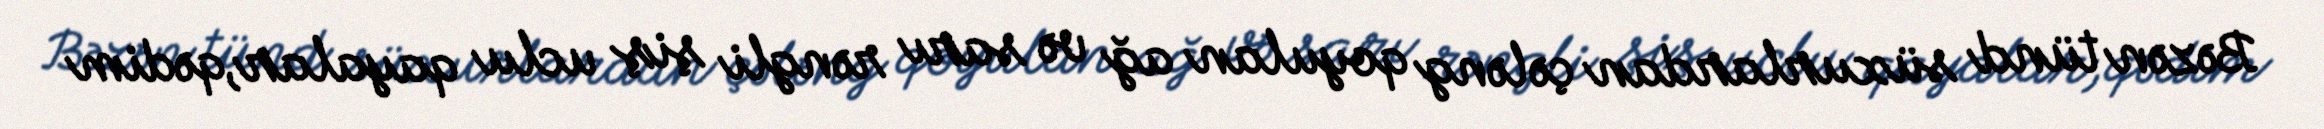
Bəzən tünd süxurlardan çələng qoyulan ağ və sarı rəngli şiş uclu qayalar,qədim